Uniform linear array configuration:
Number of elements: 48
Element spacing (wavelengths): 0.25
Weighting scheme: hamming
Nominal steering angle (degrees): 15
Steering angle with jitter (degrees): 13.093
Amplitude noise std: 0.05
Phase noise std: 0.05

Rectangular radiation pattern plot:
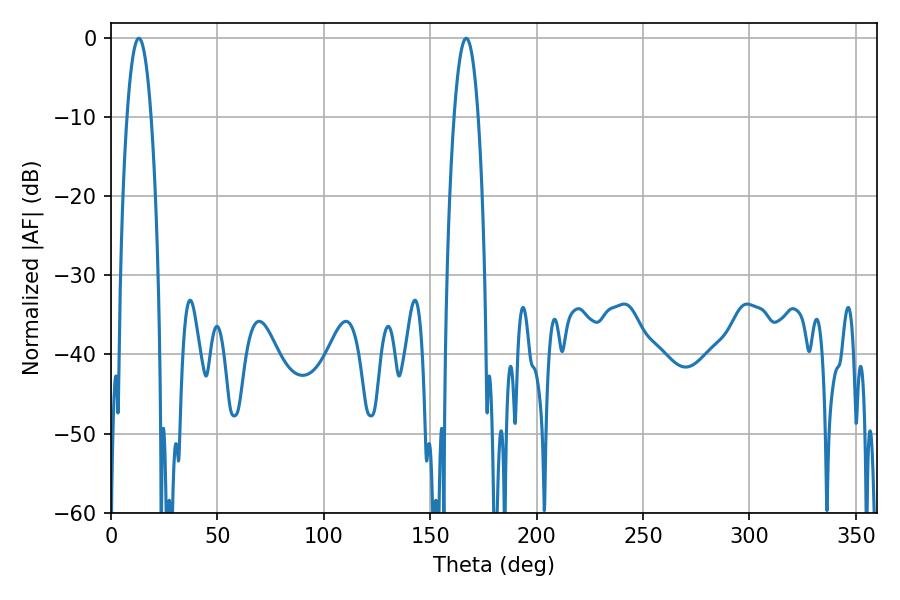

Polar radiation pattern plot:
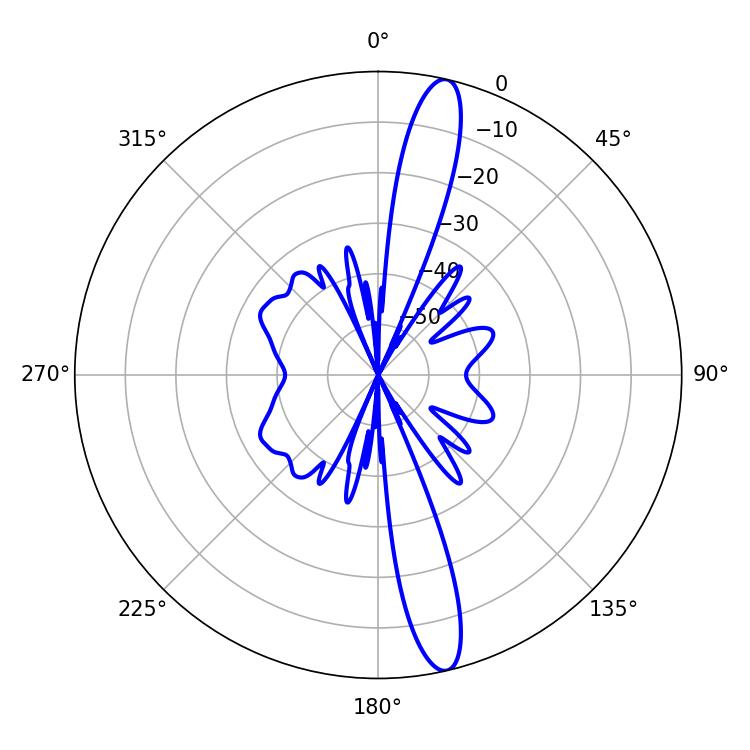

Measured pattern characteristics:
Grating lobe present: FALSE
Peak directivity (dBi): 15.752
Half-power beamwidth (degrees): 6.3
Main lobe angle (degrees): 13.14